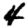
Digit: 4